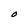
Character: O